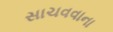
સાચવવાના